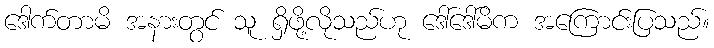
ဒေါက်တာမိ အနားတွင် သူ ရှိဖို့လိုသည်ဟု ဒေါ်ဒေါ်မိက အကြောင်းပြသည်။